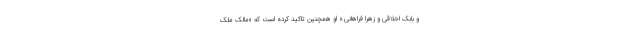
و بابک اخلاقی و زهرا فراهانی.» او همچنین تاکید کرده است که «مالک ملک